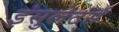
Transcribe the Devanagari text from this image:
इंसुलेटर्स